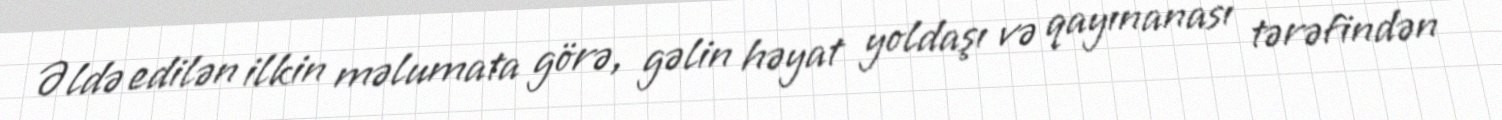
Əldə edilən ilkin məlumata görə, gəlin həyat yoldaşı və qayınanası tərəfindən